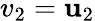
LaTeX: v_{2}=\mathbf{u}_{2}